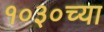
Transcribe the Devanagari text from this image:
१०३०च्या